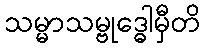
သမ္မာသမ္ဗုဒ္ဓေါမှီတိ